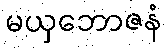
မယှဘောဇနံ